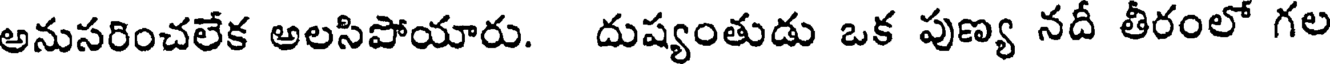
అనుసరించలేక అలసిపోయారు. దుష్యంతుడు ఒక పుణ్య నదీ తీరంలో గల